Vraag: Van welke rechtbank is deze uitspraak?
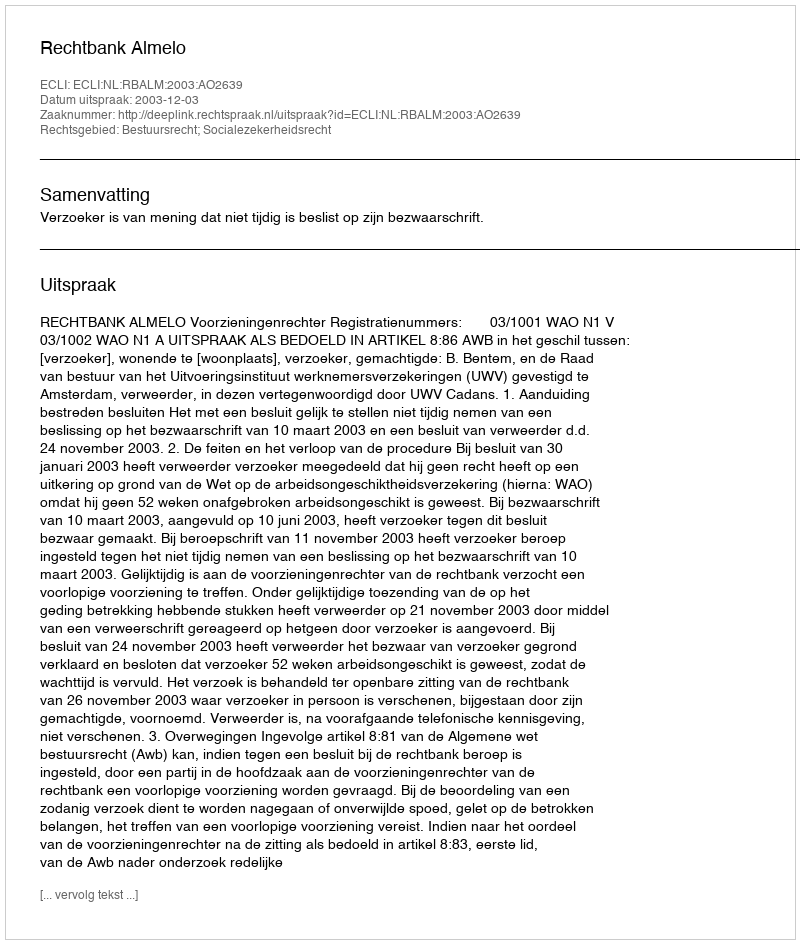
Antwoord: Rechtbank Almelo